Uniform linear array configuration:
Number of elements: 24
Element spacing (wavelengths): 0.5
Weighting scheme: uniform
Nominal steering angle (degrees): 60
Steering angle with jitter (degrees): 60.079
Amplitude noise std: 0.05
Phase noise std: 0.05

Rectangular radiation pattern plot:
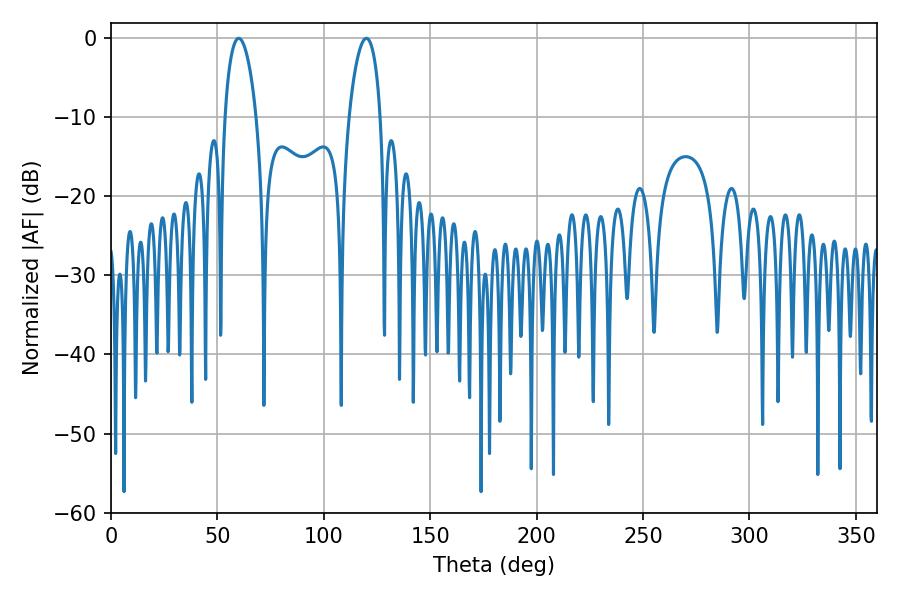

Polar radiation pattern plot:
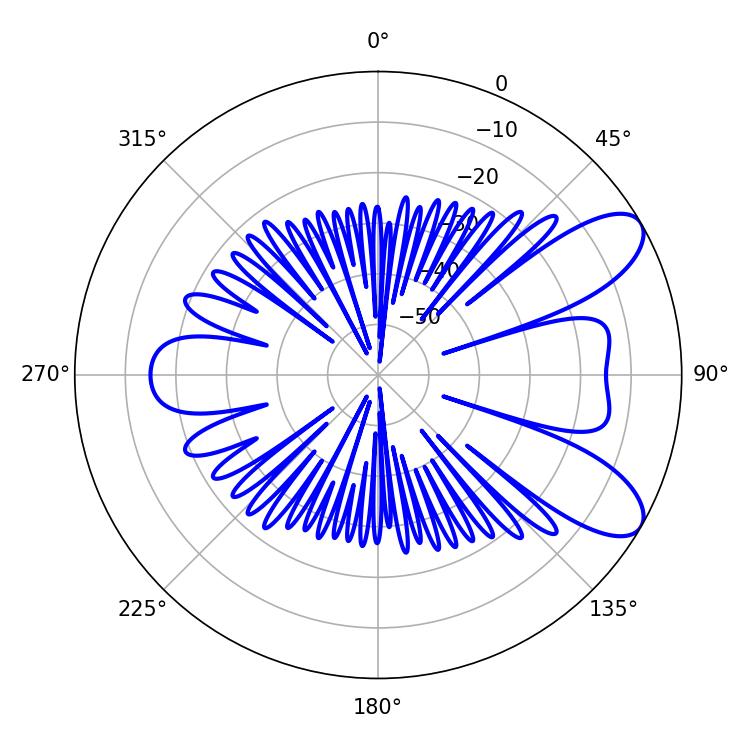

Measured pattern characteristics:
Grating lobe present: FALSE
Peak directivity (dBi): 8.556
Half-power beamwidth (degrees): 8.28
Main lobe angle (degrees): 59.94